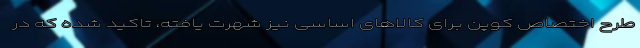
طرح اختصاص کوپن برای کالاهای اساسی نیز شهرت یافته، تاکید شده که در